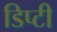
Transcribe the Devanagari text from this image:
डिप्‍टी